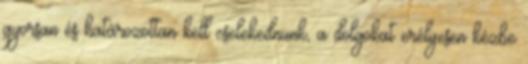
gyorsan és határozottan kell cselekednünk, a dolgokat erélyesen kézbe